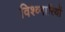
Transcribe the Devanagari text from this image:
विश्व्मारियों